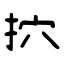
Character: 㧒